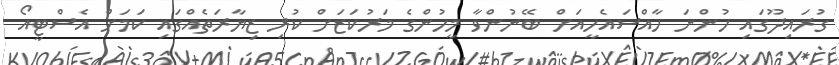
ގުރައިދޫގައި ހުންނަ ހާއްސައެހީއަށް ބޭނުންވާ މީހުންގެ މަރުކަޒަށް ކުރި ޒިޔާރަތެއްގައި ކަމަށް އެސްޓީއޯ